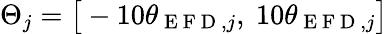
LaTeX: \Theta_{j}=\big[-10\theta_{\mathrm{~E~F~D~},j},~10\theta_{\mathrm{~E~F~D~},j}\big]